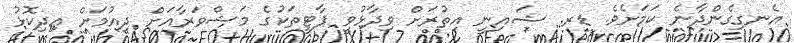
އެނގިގެންދާނެ ކަމަށެވެ. ޑރ. ޝައިނީ އިތުރަށް ވިދާޅުވީ ޕާޓީތަކުގެ މަޝްވަރާއަށް ދިއުމަށް އިދިކޮޅު